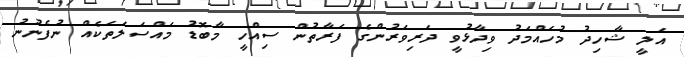
އަލީ ޝާހިދު މުހައްމަދު ވިދާޅުވީ ދަރިވަރުންގެ ފަރާތުން ސިއްހީ މާބޮޑު މައްސަލަތަކެއް ނުފެނުނު